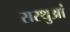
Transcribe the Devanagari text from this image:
सरथुआं